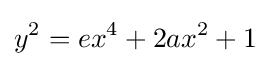
y^{2}=ex^{4}+2ax^{2}+1